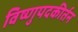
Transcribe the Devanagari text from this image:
विष्णुपदकीर्तन